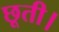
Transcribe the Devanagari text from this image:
छूती।